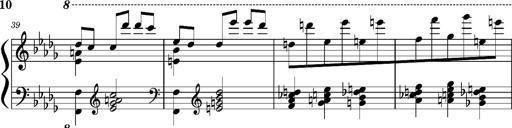
Title: Concerto sans orchestre, S.524a
Composer: Franz Liszt
Key: A major